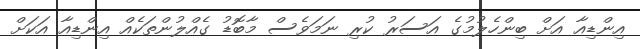
އިންޑިއާ އަށް ބިންހެލުމުގެ އަސަރު ކުރި ނަމަވެސް މާބޮޑު ގެއްލުންތަކެއް އިންޑިއާ އަކަށް